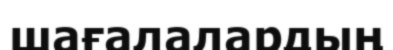
шағалалардың